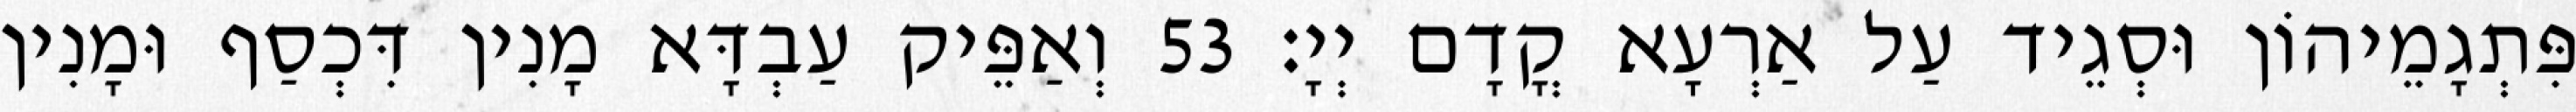
פִּתְגָמֵיהוֹן וּסְגֵיד עַל אַרְעָא קֳדָם יְיָ׃ 53 וְאַפֵּיק עַבְדָּא מָנִין דִּכְסַף וּמָנִין